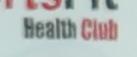
health